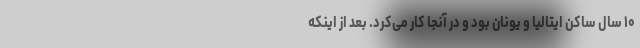
۱۰ سال ساکن ایتالیا و یونان بود و در آنجا کار می‌کرد. بعد از اینکه